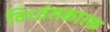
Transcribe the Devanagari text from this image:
विध्वंसकारक